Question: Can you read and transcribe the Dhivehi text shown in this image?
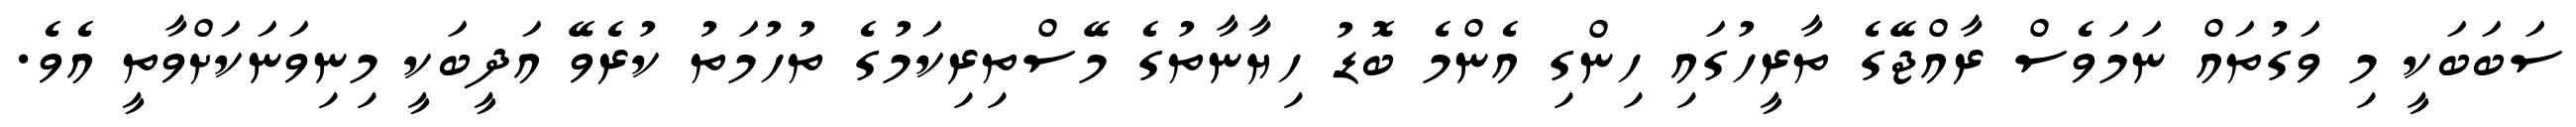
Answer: ސަބަބަކީ މި ވަގުތައް ނަމަވެސް ރާއްޖޭގެ ތާރީހުގައި ހިންގި އެންމެ ބޮޑު ހިޔާނާތުގެ މޭސްތިރިކަމުގެ ތުހުމަތު ކުރެވޭ އަދީބަކީ މިނިވަނަކަށްވާތީ އެވެ.